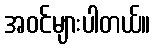
အဝင်များပါတယ်။